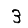
Digit: 3